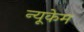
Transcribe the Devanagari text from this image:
न्यूकेम